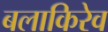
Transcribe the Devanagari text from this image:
बलाकिरेव